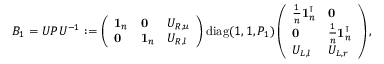
B _ { 1 } = U P U ^ { - 1 } : = \left( \begin{array} { l l l } { \mathbf { 1 } _ { n } } & { \mathbf { 0 } } & { U _ { R , u } } \\ { \mathbf { 0 } } & { \mathbf { 1 } _ { n } } & { U _ { R , l } } \end{array} \right) \mathrm { d i a g } ( 1 , 1 , P _ { 1 } ) \left( \begin{array} { l l } { \frac { 1 } { n } \mathbf { 1 } _ { n } ^ { \intercal } } & { \mathbf { 0 } } \\ { \mathbf { 0 } } & { \frac { 1 } { n } \mathbf { 1 } _ { n } ^ { \intercal } } \\ { U _ { L , l } } & { U _ { L , r } } \end{array} \right) ,